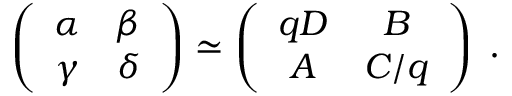
\left( \begin{array} { c c } { { \alpha } } & { { \beta } } \\ { { \gamma } } & { { \delta } } \end{array} \right) \simeq \left( \begin{array} { c c } { { q D } } & { { B } } \\ { { A } } & { { C / q } } \end{array} \right) \; .